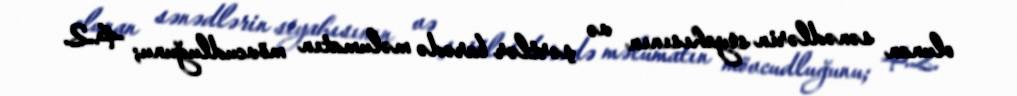
olunan sənədlərin siyahısının və şərtlər barədə məlumatın mövcudluğunu; 4.2.